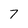
Character: 7